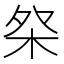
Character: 𣐦